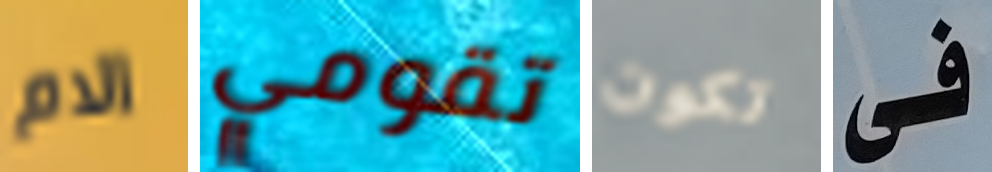
الام تقومي تكون فى